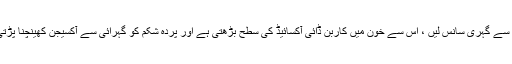
کسی چھوٹے کاغذی بیگ میں منہ ڈال کر آہستگی سے گہری سانس لیں ، اس سے خون میں کاربن ڈائی آکسائیڈ کی سطح بڑھتی ہے اور پردہ شکم کو گہرائی سے آکسیجن کھینچنا پڑتی ہے جس سے ہچکیاں روکنے کا امکان ہوتا ہے۔